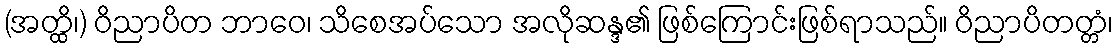
(အတ္ထိ၊) ဝိညာပိတ ဘာဝေ၊ သိစေအပ်သော အလိုဆန္ဒ၏ ဖြစ်ကြောင်းဖြစ်ရာသည်။ ဝိညာပိတတ္တံ၊